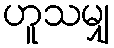
ဟူသမျှ